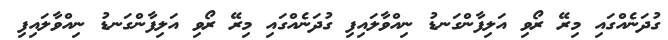
ގުދަނެއްގައި މިރޭ ރޯވި އަލިފާންގަނޑު ނިއްވާލައިފި ގުދަނެއްގައި މިރޭ ރޯވި އަލިފާންގަނޑު ނިއްވާލައިފި